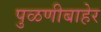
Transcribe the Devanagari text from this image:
पुळणीबाहेर